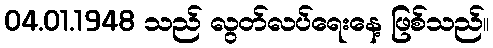
04.01.1948 သည် လွတ်လပ်ရေးနေ့ ဖြစ်သည်။